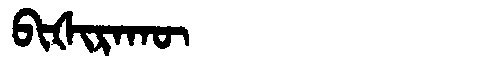
Manchu: ᠪᡳᡧᡳᡵᠠᡴᡡ
Romanization: BIŠIRAKŪ